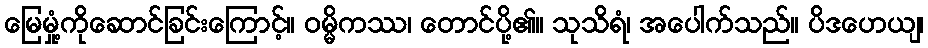
မြေမှုံ့ကိုဆောင်ခြင်းကြောင့်။ ဝမ္မိကဿ၊ တောင်ပို့၏။ သုသိရံ၊ အပေါက်သည်။ ပိဒဟေယျ၊